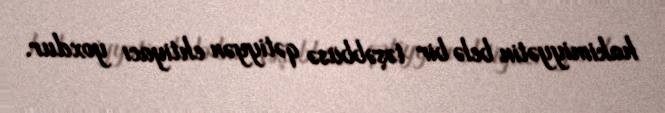
hakimiyyətin belə bir təşəbbüsə qətiyyən ehtiyacı yoxdur.